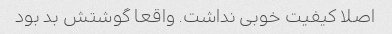
اصلا کیفیت خوبی نداشت. واقعا گوشتش بد بود